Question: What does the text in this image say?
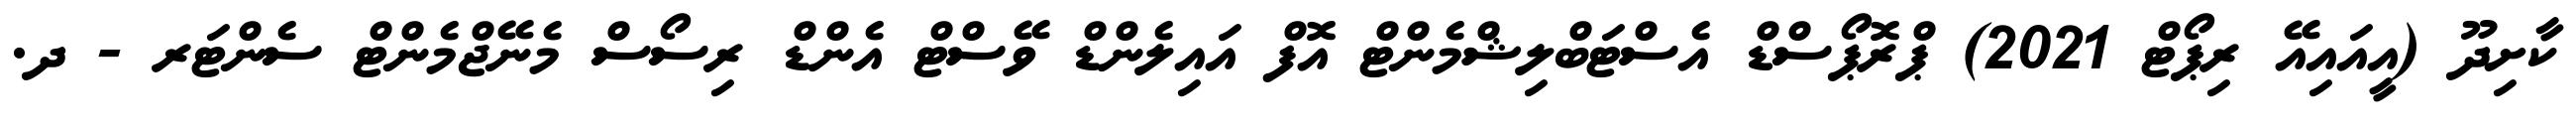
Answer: ކާށިދޫ (އީއައިއޭ ރިޕޯޓް 2021) ޕްރޮޕޯސްޑް އެސްޓަބްލިޝްމެންޓް އޮފް އައިލެންޑް ވޭސްޓް އެންޑް ރިސޯސް މެނޭޖްމެންޓް ސެންޓަރ - ދ.